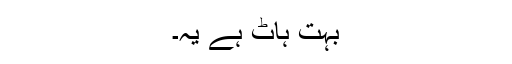
بہت ہاٹ ہے یہ۔